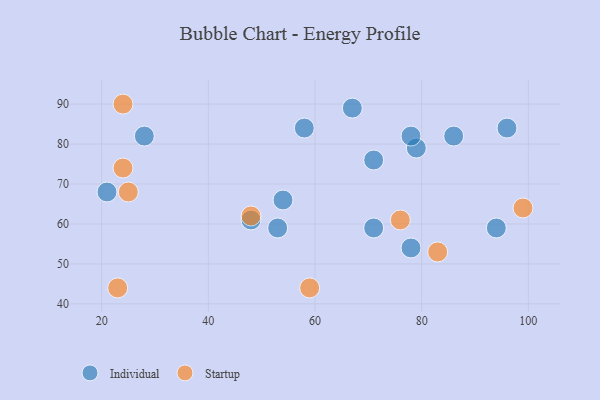
{"axis": {"x": "GDP", "y": "Life Expectancy"}, "legend": ["Individual", "Startup"], "data": [{"x": "96", "y": 84, "type": "Individual"}, {"x": "71", "y": 59, "type": "Individual"}, {"x": "21", "y": 68, "type": "Individual"}, {"x": "54", "y": 66, "type": "Individual"}, {"x": "48", "y": 61, "type": "Individual"}, {"x": "79", "y": 79, "type": "Individual"}, {"x": "28", "y": 82, "type": "Individual"}, {"x": "67", "y": 89, "type": "Individual"}, {"x": "78", "y": 54, "type": "Individual"}, {"x": "58", "y": 84, "type": "Individual"}, {"x": "78", "y": 82, "type": "Individual"}, {"x": "53", "y": 59, "type": "Individual"}, {"x": "71", "y": 76, "type": "Individual"}, {"x": "86", "y": 82, "type": "Individual"}, {"x": "94", "y": 59, "type": "Individual"}, {"x": "24", "y": 74, "type": "Startup"}, {"x": "48", "y": 62, "type": "Startup"}, {"x": "25", "y": 68, "type": "Startup"}, {"x": "99", "y": 64, "type": "Startup"}, {"x": "83", "y": 53, "type": "Startup"}, {"x": "23", "y": 44, "type": "Startup"}, {"x": "24", "y": 90, "type": "Startup"}, {"x": "59", "y": 44, "type": "Startup"}, {"x": "76", "y": 61, "type": "Startup"}]}